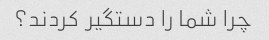
چرا شما را دستگیر کردند؟